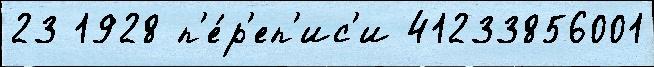
23 1928 п'е́р'еп'ис'и 41233856001